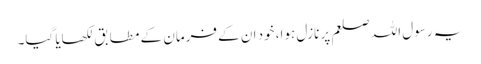
یہ رسول اللہ صلعم پر نازل ہوا، خود ان کے فرمان کے مطابق‌ لکھایا گیا۔